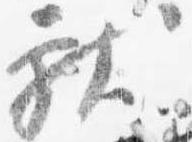
献